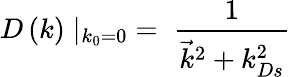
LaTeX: D\left(k\right)\mid_{k_{0}=0}\; =\; {\frac{1}{{\vec{k}}^{2}+k_{Ds}^{2}}}